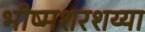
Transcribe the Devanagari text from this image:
भीष्मशरशय्या